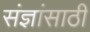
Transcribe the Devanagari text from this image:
संज्ञांसाठी